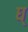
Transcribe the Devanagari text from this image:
घ्‌